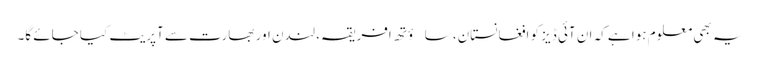
یہ بھی معلوم ہوا ہے کہ ان آئی ڈیز کو افغانستان، ساؤتھ افریقہ، لندن اور بھارت سے آپریٹ کیا جائے گا۔